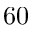
6 0